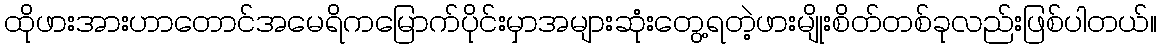
ထိုဖားအားဟာတောင်အမေရိကမြောက်ပိုင်းမှာအများဆုံးတွေ့ရတဲ့ဖားမျိုးစိတ်တစ်ခုလည်းဖြစ်ပါတယ်။